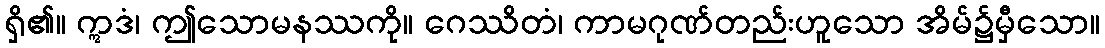
ရှိ၏။ ဣဒံ၊ ဤသောမနဿကို။ ဂေဿိတံ၊ ကာမဂုဏ်တည်းဟူသော အိမ်၌မှီသော။